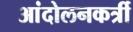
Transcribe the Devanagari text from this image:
आंदोलनकर्त्री